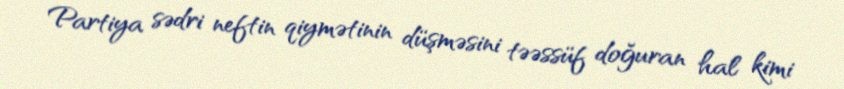
Partiya sədri neftin qiymətinin düşməsini təəssüf doğuran hal kimi